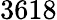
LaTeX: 3618